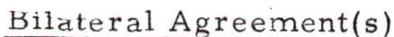
Bilateral Agreement(s)